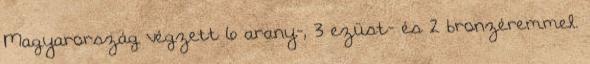
Magyarország végzett 6 arany-, 3 ezüst- és 2 bronzéremmel.